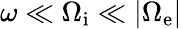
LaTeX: \omega\ll\Omega_{\mathrm{i}}\ll|\Omega_{\mathrm{e}}|